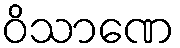
ဝိသာဏေ